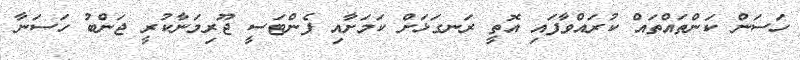
ހަސަން ކަންތައްތައް ކުރައްވާފައި އޮތީ ރަނގަޅަށް ކަމަށާއި ފެންޓަސީ ޖޫރިމަނާކުރީ ޖަންބު ހަސަނާ